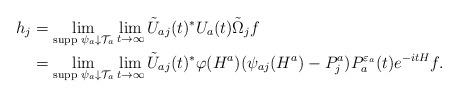
LaTeX: \begin{align*}\begin{aligned}h_j&=\lim_{\mbox{\scriptsize supp }\psi_a\downarrow\mathcal{T}_a}\lim_{t\to\infty}\tilde U_{aj}(t)^*U_a(t)\tilde \Omega_j f\\&=\lim_{\mbox{\scriptsize supp }\psi_a\downarrow\mathcal{T}_a}\lim_{t\to\infty}\tilde U_{aj}(t)^*\varphi(H^a)(\psi_{aj}(H^a)-P^a_j)P_a^{{\varepsilon}_a}(t)e^{-itH}f.\end{aligned}\end{align*}